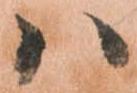
ハ